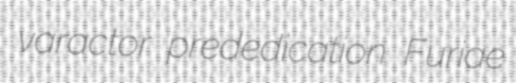
varactor prededication Furiae